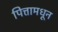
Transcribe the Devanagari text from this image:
पित्तामधून